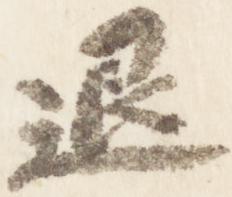
退